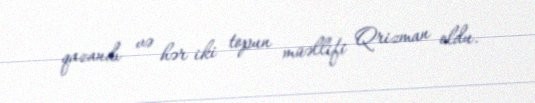
qazandı və hər iki topun müəllifi Qrizman oldu.